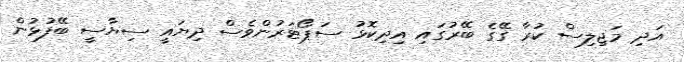
އަދި މަޖިލިސް ކުރާ ގޭގެ ބޭރުގައި އިދިކޮޅު ސަޕޯޓަރުންވެސް ދިޔައީ ސިޔާސީ ބޭފުޅުން